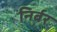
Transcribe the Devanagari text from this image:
निर्बर